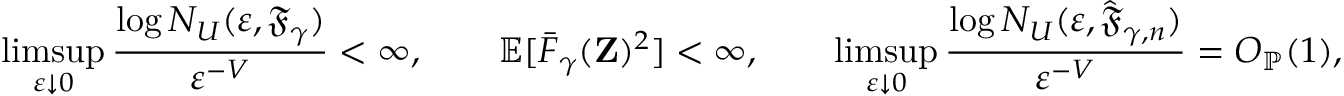
\operatorname* { l i m s u p } _ { \varepsilon \downarrow 0 } \frac { \log N _ { U } ( \varepsilon , \mathfrak { F } _ { \gamma } ) } { \varepsilon ^ { - V } } < \infty , \qquad \mathbb { E } [ \bar { F } _ { \gamma } ( \mathbf { Z } ) ^ { 2 } ] < \infty , \qquad \operatorname* { l i m s u p } _ { \varepsilon \downarrow 0 } \frac { \log N _ { U } ( \varepsilon , \hat { \mathfrak { F } } _ { \gamma , n } ) } { \varepsilon ^ { - V } } = O _ { \mathbb { P } } ( 1 ) ,